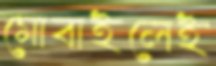
মোবাইলেই